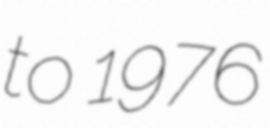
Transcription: to 1976